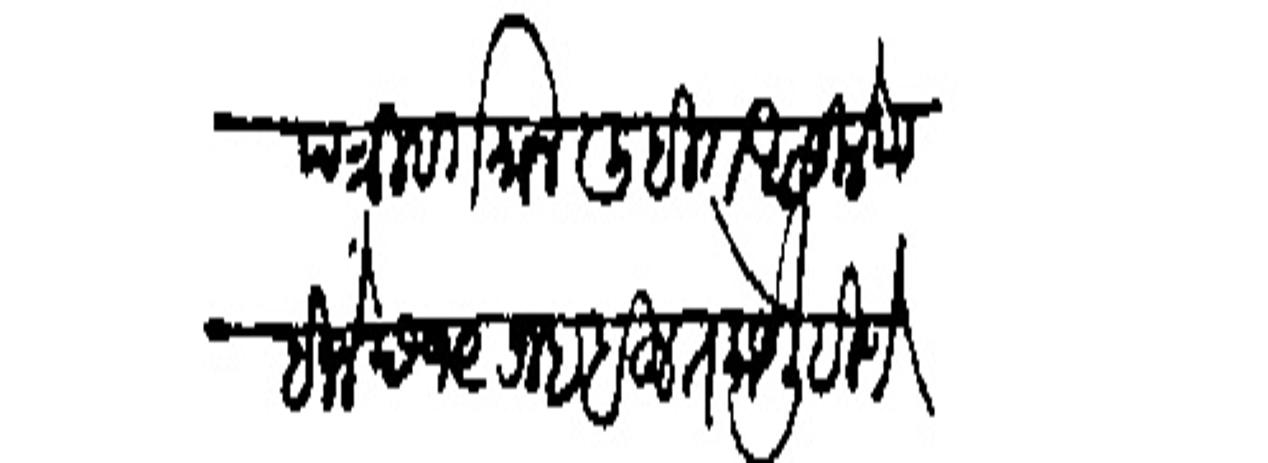
Transliteration (Devanagari): पत्री वर्तंमान लिहीत आसिले पाहिजे छ १९ रजब बहुत काये लिहिणे